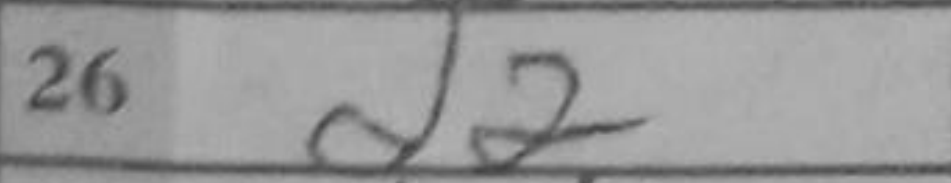
Transcription: d2